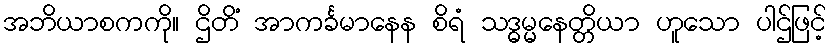
အဘိယာစကကို။ ဌိတိံ အာကင်္ခမာနေန စိရံ သဒ္ဓမ္မနေတ္တိယာ ဟူသော ပါဌ်ဖြင့်